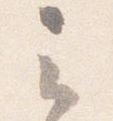
云